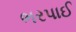
ભરપાઈ